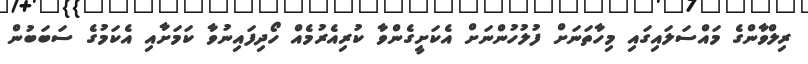
ރިލްވާންގެ މައްސަލައިގައި މިހާތަނަށް ފުލުހުންނަށް އެކަށީގެންވާ ކުރިއެރުމެއް ހޯދިފައިނުވާ ކަމަށާއި އެކަމުގެ ސަބަބުން